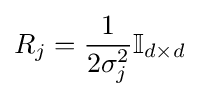
R_{j}={\frac {1}{2\sigma _{j}^{2}}}\mathbb {I} _{d\times d}